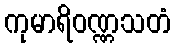
ကုမာရိဝဏ္ဏသတံ